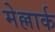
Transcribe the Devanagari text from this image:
मेल्लार्क